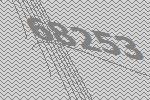
68253